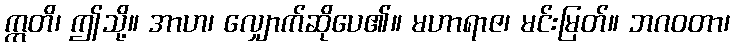
ဣတိ၊ ဤသို့။ အာဟ၊ လျှောက်ဆိုပေ၏။ မဟာရာဇ၊ မင်းမြတ်။ ဘဂဝတာ၊